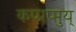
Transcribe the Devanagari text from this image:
कप्पप्प्तुय्